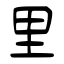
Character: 里